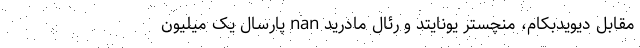
مقابل دیویدبکام، منچستر یونایتد و رئال مادرید nan پارسال یک میلیون